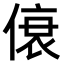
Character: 𫣐